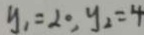
y _ { 1 } = 2 0 , y _ { 2 } = 4